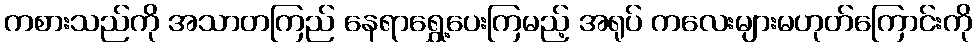
ကစားသည်ကို အသာတကြည် နေရာရွှေ့ပေးကြမည့် အရုပ် ကလေးများမဟုတ်ကြောင်းကို